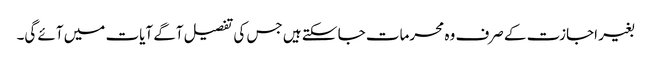
بغیر اجازت کے صرف وہ محرمات جا سکتے ہیں جس کی تفصیل آگے آیات میں آئے گی۔